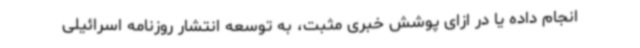
انجام داده یا در ازای پوشش خبری مثبت، به توسعه انتشار روزنامه اسرائیلی